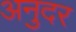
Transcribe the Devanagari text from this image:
अनुदर